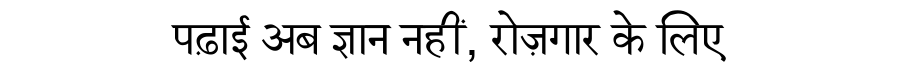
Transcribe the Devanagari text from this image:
पढ़ाई अब ज्ञान नहीं, रोज़गार के लिए